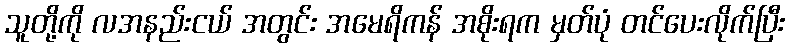
သူတို့ကို လအနည်းငယ် အတွင်း အမေရိကန် အစိုးရက မှတ်ပုံ တင်ပေးလိုက်ပြီး